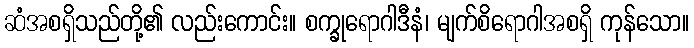
ဆံအစရှိသည်တို့၏ လည်းကောင်း။ စက္ခုရောဂါဒီနံ၊ မျက်စိရောဂါအစရှိ ကုန်သော။